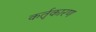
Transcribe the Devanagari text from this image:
कर्तृकारण